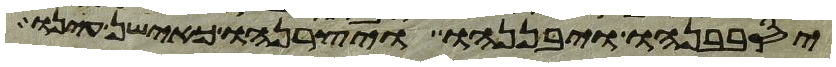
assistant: יסבבנהו ויבננהו ויצרנהו כאישן עינו